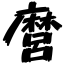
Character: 麿